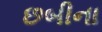
છબીના